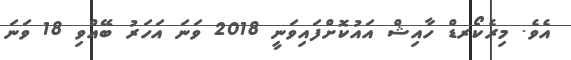
އެވެ. މިރެކޯރޑް ހާއިޝް އައުކޮށްފައިވަނީ 2018 ވަނަ އަހަރު ބޭއްވި 18 ވަނަ